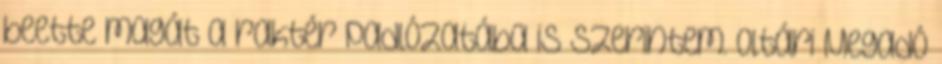
beette magát a raktér padlózatába is szerintem. Oltári Megadó